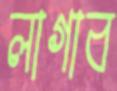
লাগাব